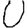
Digit: 0